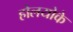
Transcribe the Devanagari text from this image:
होलयोके